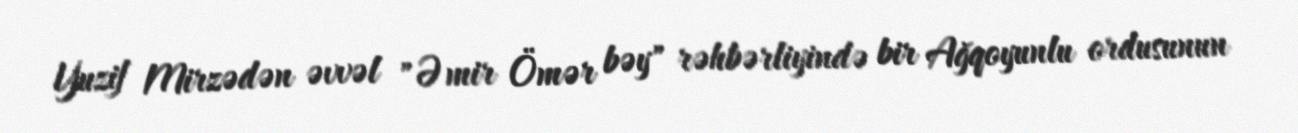
Yuzif Mirzədən əvvəl "Əmir Ömər bəy" rəhbərliyində bir Ağqoyunlu ordusunun